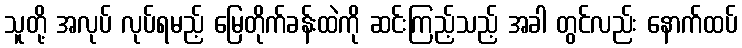
သူတို့ အလုပ် လုပ်ရမည့် မြေတိုက်ခန်းထဲကို ဆင်းကြည့်သည့် အခါ တွင်လည်း နောက်ထပ်